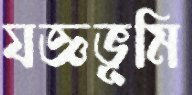
যজ্ঞভূমি